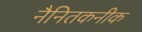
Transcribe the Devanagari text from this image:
नैनितकनीक